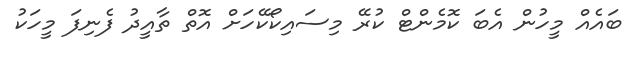
ބައެއް މީހުން އެބަ ކޮމެންޓް ކުރޭ މިސައިކޯކޭހަށް އޮތް ތާއީދު ފެނިފަ މީހަކު